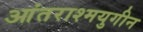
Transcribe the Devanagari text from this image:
आंतराश्मयुगीन